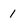
Character: 1